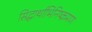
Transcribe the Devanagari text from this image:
सिद्धार्थाभिनिष्क्रमण